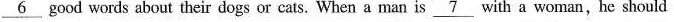
\underline{6} good words about their dogs or cats. When a man is \underline{7} with a woman,he should